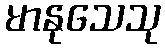
မာနုသေသု